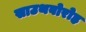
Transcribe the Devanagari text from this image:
साउथबोरोह